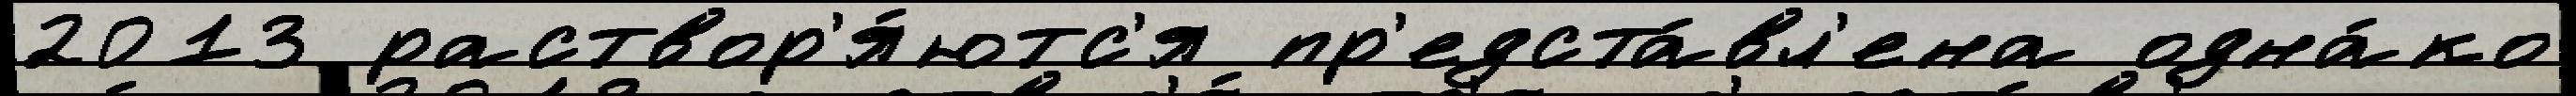
2013 раствор'я́ютс'я пр'едста́вл'ена одна́ко